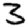
Digit: 3